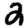
Digit: 2